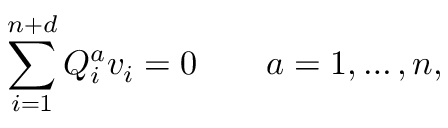
\sum _ { i = 1 } ^ { n + d } Q _ { i } ^ { a } v _ { i } = 0 \qquad a = 1 , \ldots , n ,